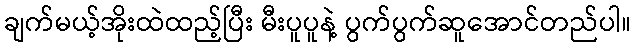
ချက်မယ့်အိုးထဲထည့်ပြီး မီးပူပူနဲ့ ပွက်ပွက်ဆူအောင်တည်ပါ။